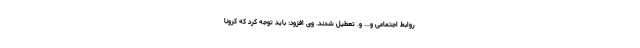
روابط اجتماعی و... و. تعطیل شدند. وی افزود: باید توجه کرد که کرونا